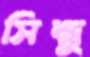
সিন্ধু